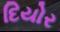
દિયોર